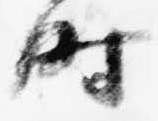
時